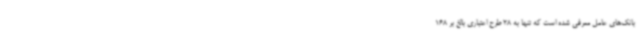
بانک‌های عامل معرفی شده است که تنها به 28 طرح اعتباری بالغ بر 168